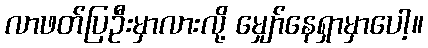
လာဖတ်ပြဦးမှာလားလို့ မျှော်နေရှာမှာပေါ့။